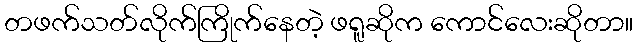
တဖက်သတ်လိုက်ကြိုက်နေတဲ့ ဖရူဆိုက ကောင်လေးဆိုတာ။